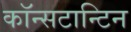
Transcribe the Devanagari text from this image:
कॉन्सटान्टिन